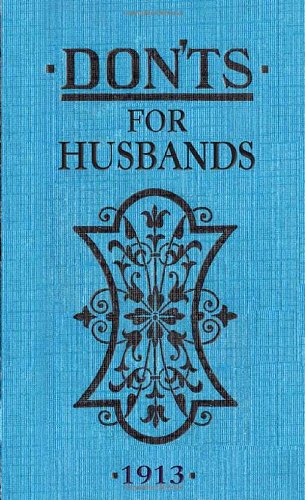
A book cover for Don'ts For Husbands; Blanche Ebbutt; Parenting & Relationships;